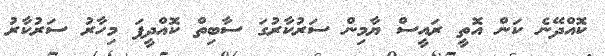
ކޮއްދޭނެ ކަން އޮތީ ރައީސް ޔާމިން ސަރުކާރުގަ ސާބިތް ކޮއްދީފަ މިހާރު ސަރުކާރު